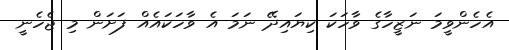
އެހެންވީމަ ނަޒީހާގެ ވާހަކަ ކިޔައިދޭ ނަމަ އެ ވާހަކައެއް ފަށަން މި ޖެހެނީ